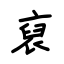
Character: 裒